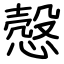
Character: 慤